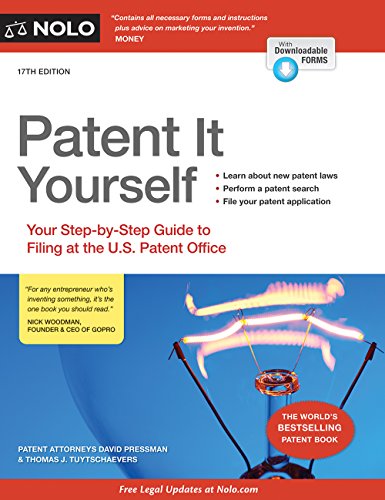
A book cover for Patent It Yourself: Your Step-by-Step Guide to Filing at the U.S. Patent Office; David Pressman Attorney; Business & Money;